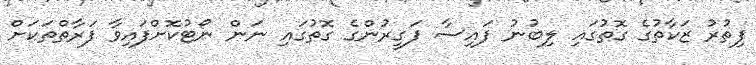
ފިތުރު ޒަކާތުގެ ގޮތުގައި ލިބުނު ފައިސާ ފަގީރުންގެ ގޮތުގައި ނަން ނޯޓުކޮށްފައިވާ ފަރާތްތަކަށް